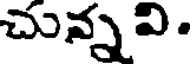
చున్నవి.